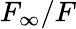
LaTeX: F_{\infty}/F